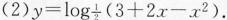
(2)$$y = l o g _ { \frac { 1 } { 2 } } + ( 3 + 2 x - x ^ { 2 } )$$。